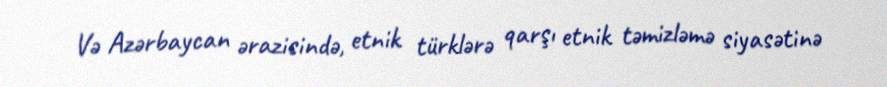
Və Azərbaycan ərazisində, etnik türklərə qarşı etnik təmizləmə siyasətinə